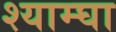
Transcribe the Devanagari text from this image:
श्याम्घा